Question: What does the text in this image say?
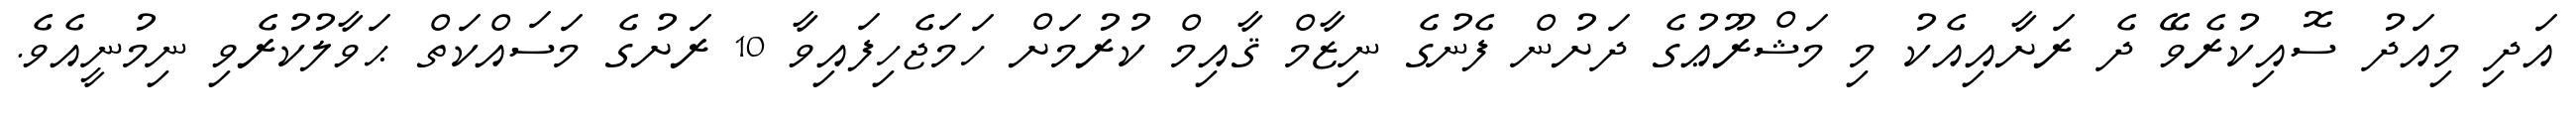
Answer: އަދި މިއަދު ސޮއިކުރެވޭ ދެ ރަށާއިއެކު މި މަޝްރޫޢުގެ ދަށުން ފެނުގެ ނިޒާމް ޤާއިމް ކުރުމަށް ހަމަޖެހިފައިވާ 10 ރަށުގެ މަސައްކަތް ޙަވާލުކުރެވި ނިމުނީއެވެ.